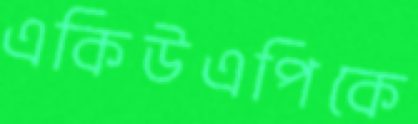
একিউএপিকে